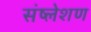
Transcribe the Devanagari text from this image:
संष्लेशण